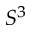
S ^ { 3 }